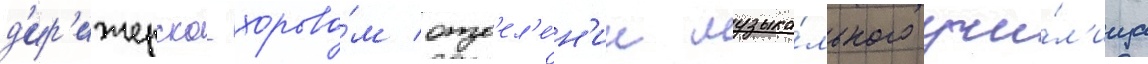
д'ир'ижерско-хорово́м отд'ел'е́н'ии музыка́льного учи́л'ища